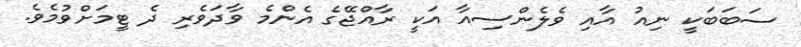
ސަބަބަކީ ނިއު އާއި ވެލެންސިއާ އަކީ ރާއްޖޭގެ އެންމެ ވާދަވެރި ދެ ޓީމަށްވުމެވެ.